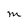
Character: M